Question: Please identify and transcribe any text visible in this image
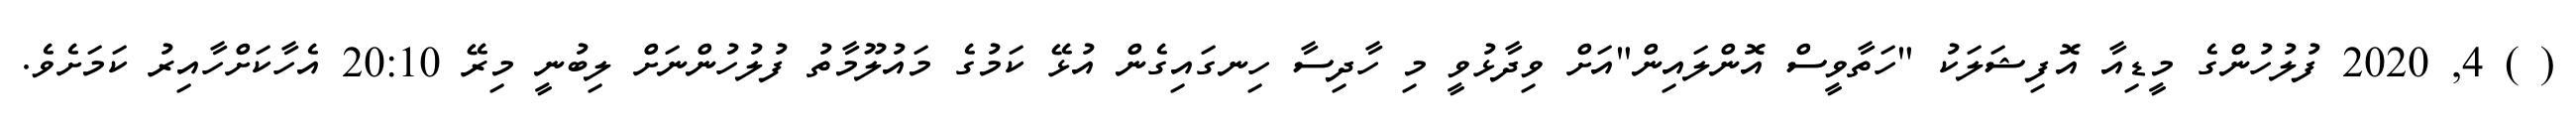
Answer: ( ) 4, 2020 ފުލުހުންގެ މީޑިއާ އޮފިޝަލަކު "ހަތާވީސް އޮންލައިން"އަށް ވިދާޅުވީ މި ހާދިސާ ހިނގައިގެން އުޅޭ ކަމުގެ މައުލޫމާތު ފުލުހުންނަށް ލިބުނީ މިރޭ 20:10 އެހާކަށްހާއިރު ކަމަށެވެ.